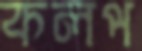
কলপ